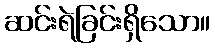
ဆင်းရဲခြင်းရှိသော။